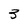
Character: 3